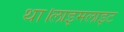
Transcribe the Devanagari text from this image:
था।लाइमलाइट